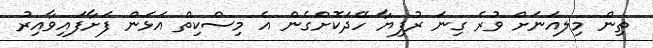
ތިން މިލއަނަށް ވުރެ ގިނަ ރުފިޔާ ހޭދަކޮށްގެން އެ މިސްކިތް އަޅަން ފަށާފައިވާއިރު